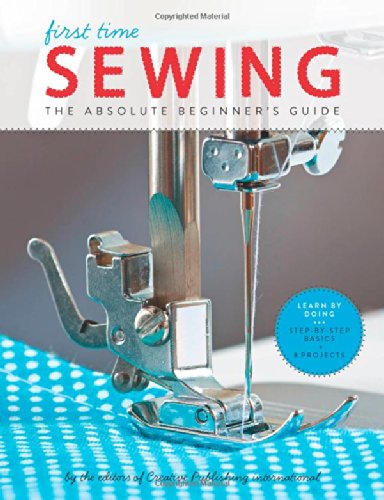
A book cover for First Time Sewing: The Absolute Beginner's Guide: Learn By Doing - Step-by-Step Basics and Easy Projects; Editors of Creative Publishing international; Crafts, Hobbies & Home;